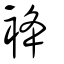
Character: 袶